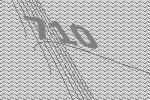
710